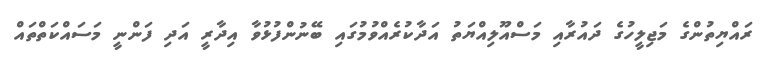
ރައްޔިތުންގެ މަޖިލީހުގެ ދައުރާއި މަސްއޫލިއްޔަތު އަދާކުރެއްވުމުގައި ބޭނުންފުޅުވާ އިދާރީ އަދި ފަންނީ މަސައްކަތްތައް